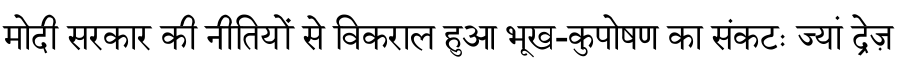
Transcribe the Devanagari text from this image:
मोदी सरकार की नीतियों से विकराल हुआ भूख-कुपोषण का संकटः ज्यां द्रेज़